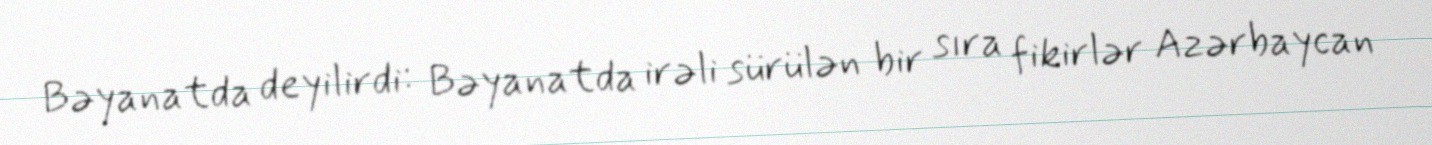
Bəyanatda deyilirdi: Bəyanatda irəli sürülən bir sıra fikirlər Azərbaycan